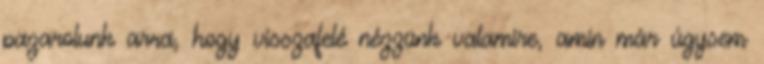
pazarolunk arra, hogy visszafelé nézzünk valamire, amin már úgysem